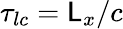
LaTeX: \tau_{lc}=\mathsf{L}_{x}/c